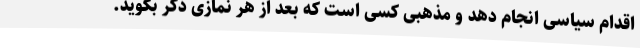
اقدام سیاسی انجام دهد و مذهبی کسی است که بعد از هر نمازی ذکر بگوید.